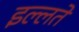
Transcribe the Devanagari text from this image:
इल्लतें